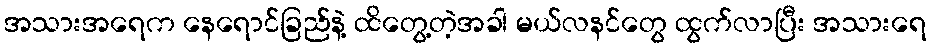
အသားအရေက နေရောင်ခြည်နဲ့ ထိတွေ့တဲ့အခါ မယ်လနင်တွေ ထွက်လာပြီး အသားရေ